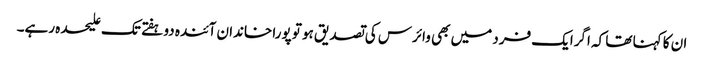
ان کا کہنا تھا کہ اگرایک فرد میں بھی وائرس کی تصدیق ہو تو پورا خاندان آئندہ دو ہفتے تک علیحدہ رہے۔